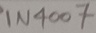
Text: IN4007